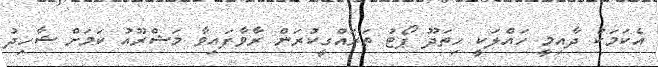
އެކަމަކު ދާއިމީ ހައްލަކީ ހިތަދޫ ޕޯޓު ތަރައްގީކުރަން ރާވާފައިވާ މަޝްރޫއު ކަމަށް ޝާހިދު